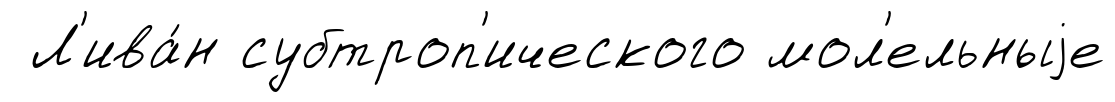
Л'ива́н субтроп'ического мол'ельныjе